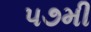
૫૭મી